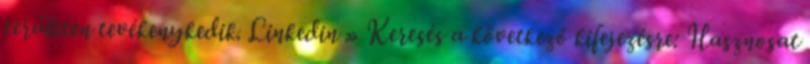
területen tevékenykedik. Linkedin » Keresés a következő kifejezésre: Hasznosat